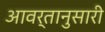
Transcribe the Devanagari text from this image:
आवर्तानुसारी